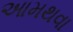
આમથવા